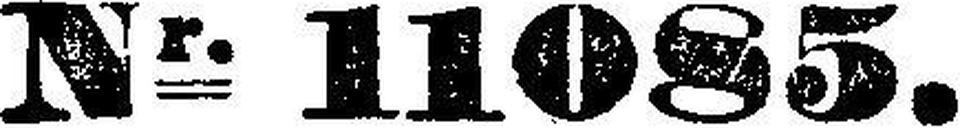
Nr. 11085.